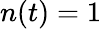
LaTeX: n(t)=1